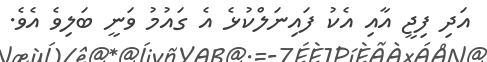
އަދި ފިޖީ އާއި އެކު ފައިނަލްކުޅެ އެ ގައުމު ވަނީ ބަލިވެ އެވެ.